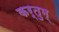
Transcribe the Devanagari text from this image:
कर्तुम्